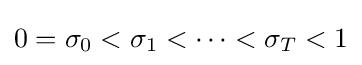
0=\sigma _{0}<\sigma _{1}<\cdots <\sigma _{T}<1